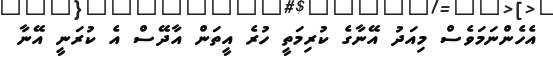
އެހެންނަމަވެސް މިއަދު އޭނާގެ ކުރިމަތީ ހުރެ އީތަން އާދޭސް އެ ކުރަނީ އޭނާ